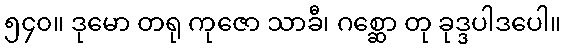
၅၄၀။ ဒုမော တရု ကုဇော သာခီ၊ ဂစ္ဆော တု ခုဒ္ဒပါဒပေါ။